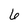
Character: 6